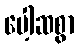
ပေါ့ဆစွာ